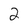
Character: 2